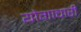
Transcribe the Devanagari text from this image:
योगाचारी